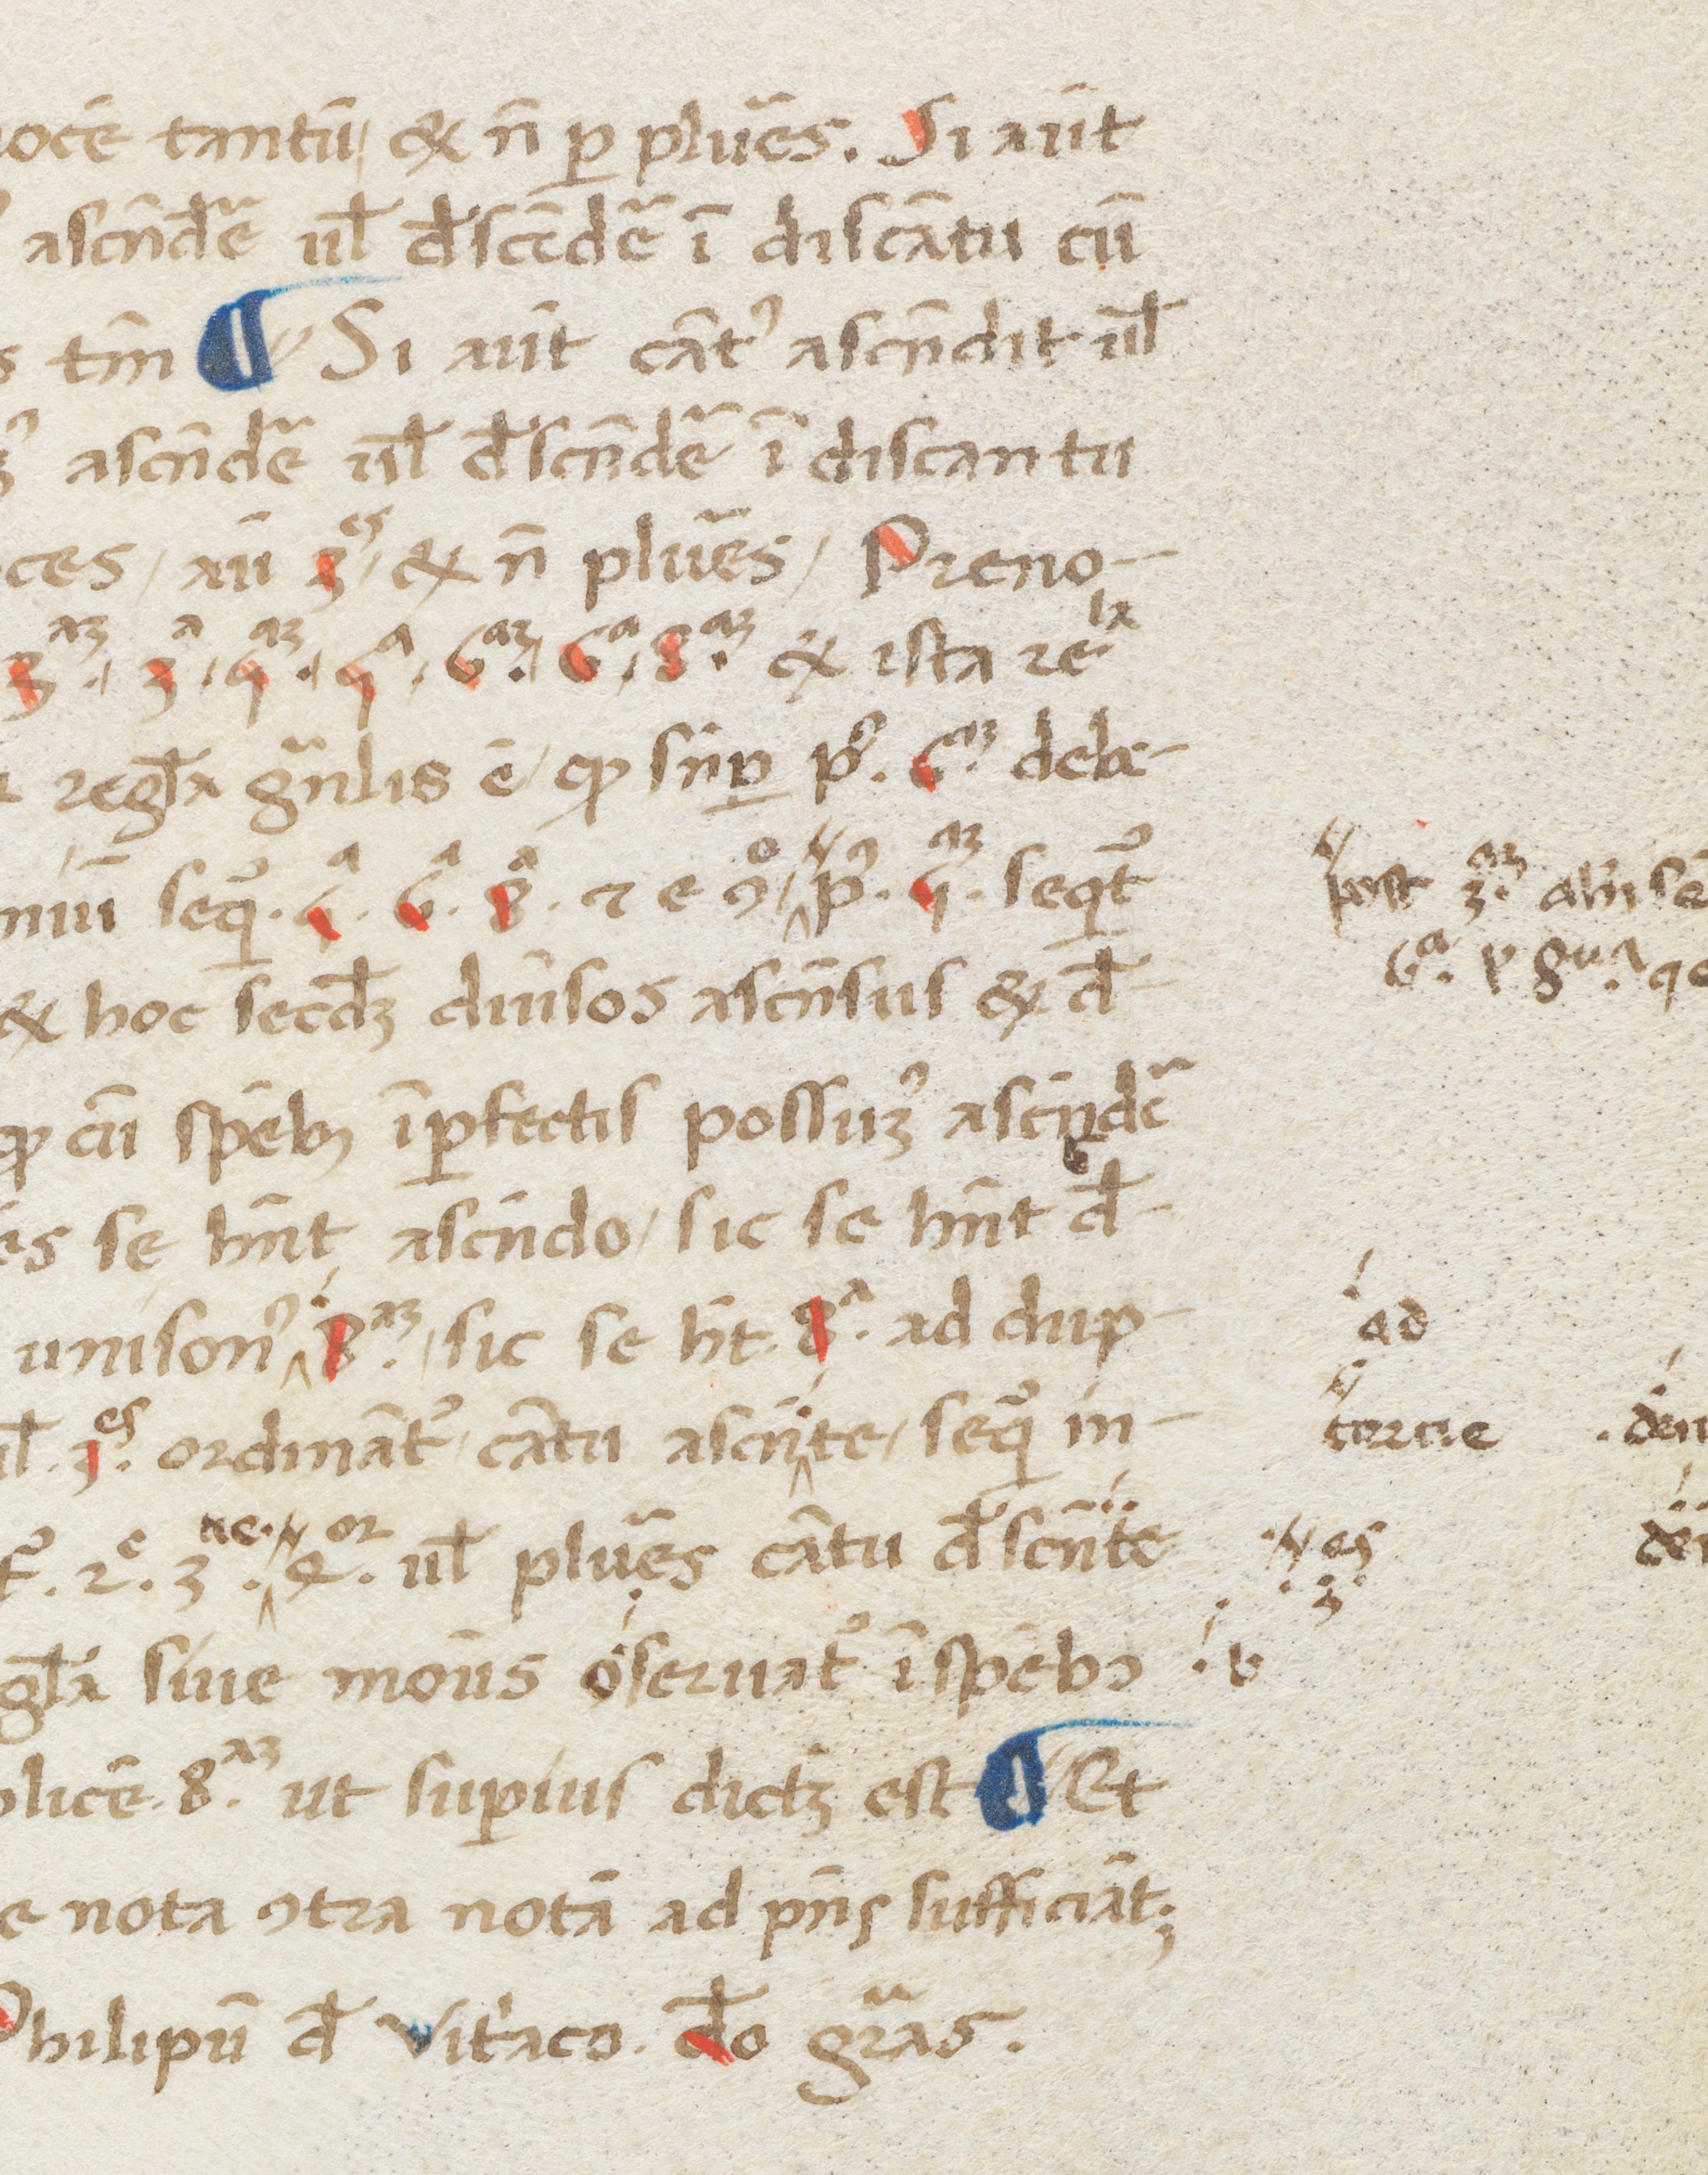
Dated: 1400–1499